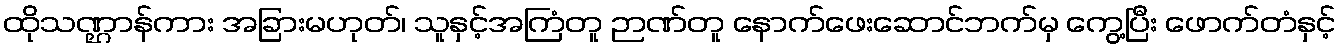
ထိုသဏ္ဌာန်ကား အခြားမဟုတ်၊ သူနှင့်အကြံတူ ဉာဏ်တူ နောက်ဖေးဆောင်ဘက်မှ ကွေ့ပြီး ဖောက်တံနှင့်